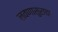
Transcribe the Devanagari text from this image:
लवणासुराचा